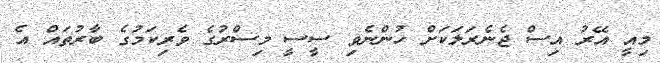
މިއީ އޭރު އިސް ޖެނެރަލަކަށް ހުންނެވި ސީސީ މިސްރުގެ ވެރިކަމުގެ ބާރުތައް އެ